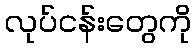
လုပ်ငန်းတွေကို